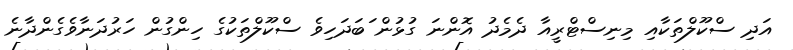
އަދި ސްކޫލްތަކާއި މިނިސްޓްރީއާ ދެމެދު އޮންނަ ގުޅުން ަބަދަހިވެ ސްކޫލްތަކުގެ ހިންގުން ހަރުދަނާވެގެންދާނެ